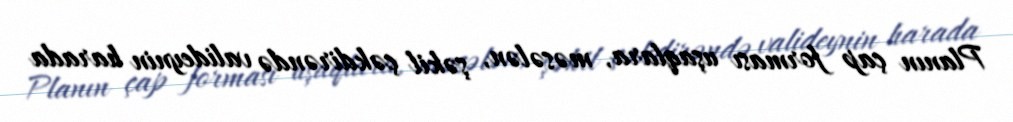
Planın çap forması uşaqlara, məsələn, şəkil çəkdirəndə valideynin harada